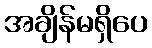
အချိန်မရှိပေ